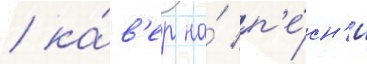
/ ка́в'ер на́ п'е́сн'ю